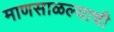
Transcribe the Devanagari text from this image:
माणसाळल्याची